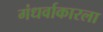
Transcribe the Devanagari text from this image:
गंधर्वाकारला